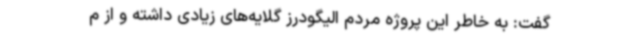
گفت: به خاطر این پروژه مردم الیگودرز گلایه‌های زیادی داشته و از م